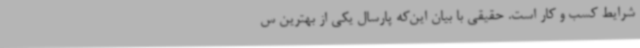
شرایط کسب و کار است‌. حقیقی با بیان این‌که پارسال یکی از بهترین س